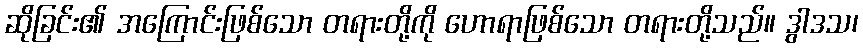
ဆိုခြင်း၏ အကြောင်းဖြစ်သော တရားတို့ကို ဟောရာဖြစ်သော တရားတို့သည်။ ဒွါဒသ၊